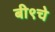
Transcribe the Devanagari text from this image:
बी९चे